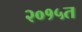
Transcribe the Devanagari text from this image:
२०१५त